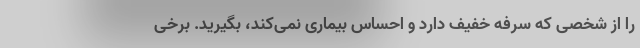
را از شخصی که سرفه خفیف دارد و احساس بیماری نمی‌کند، بگیرید. برخی